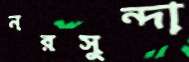
নরসুন্দা